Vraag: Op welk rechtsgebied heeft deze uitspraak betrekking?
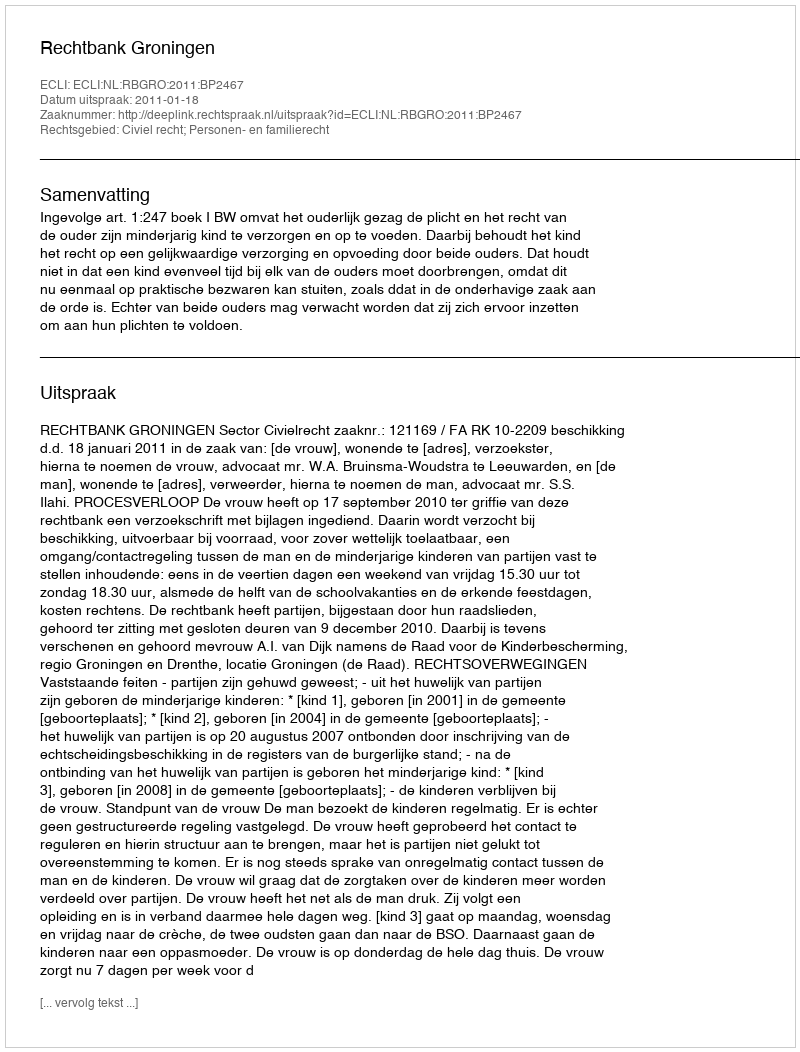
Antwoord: Civiel recht; Personen- en familierecht